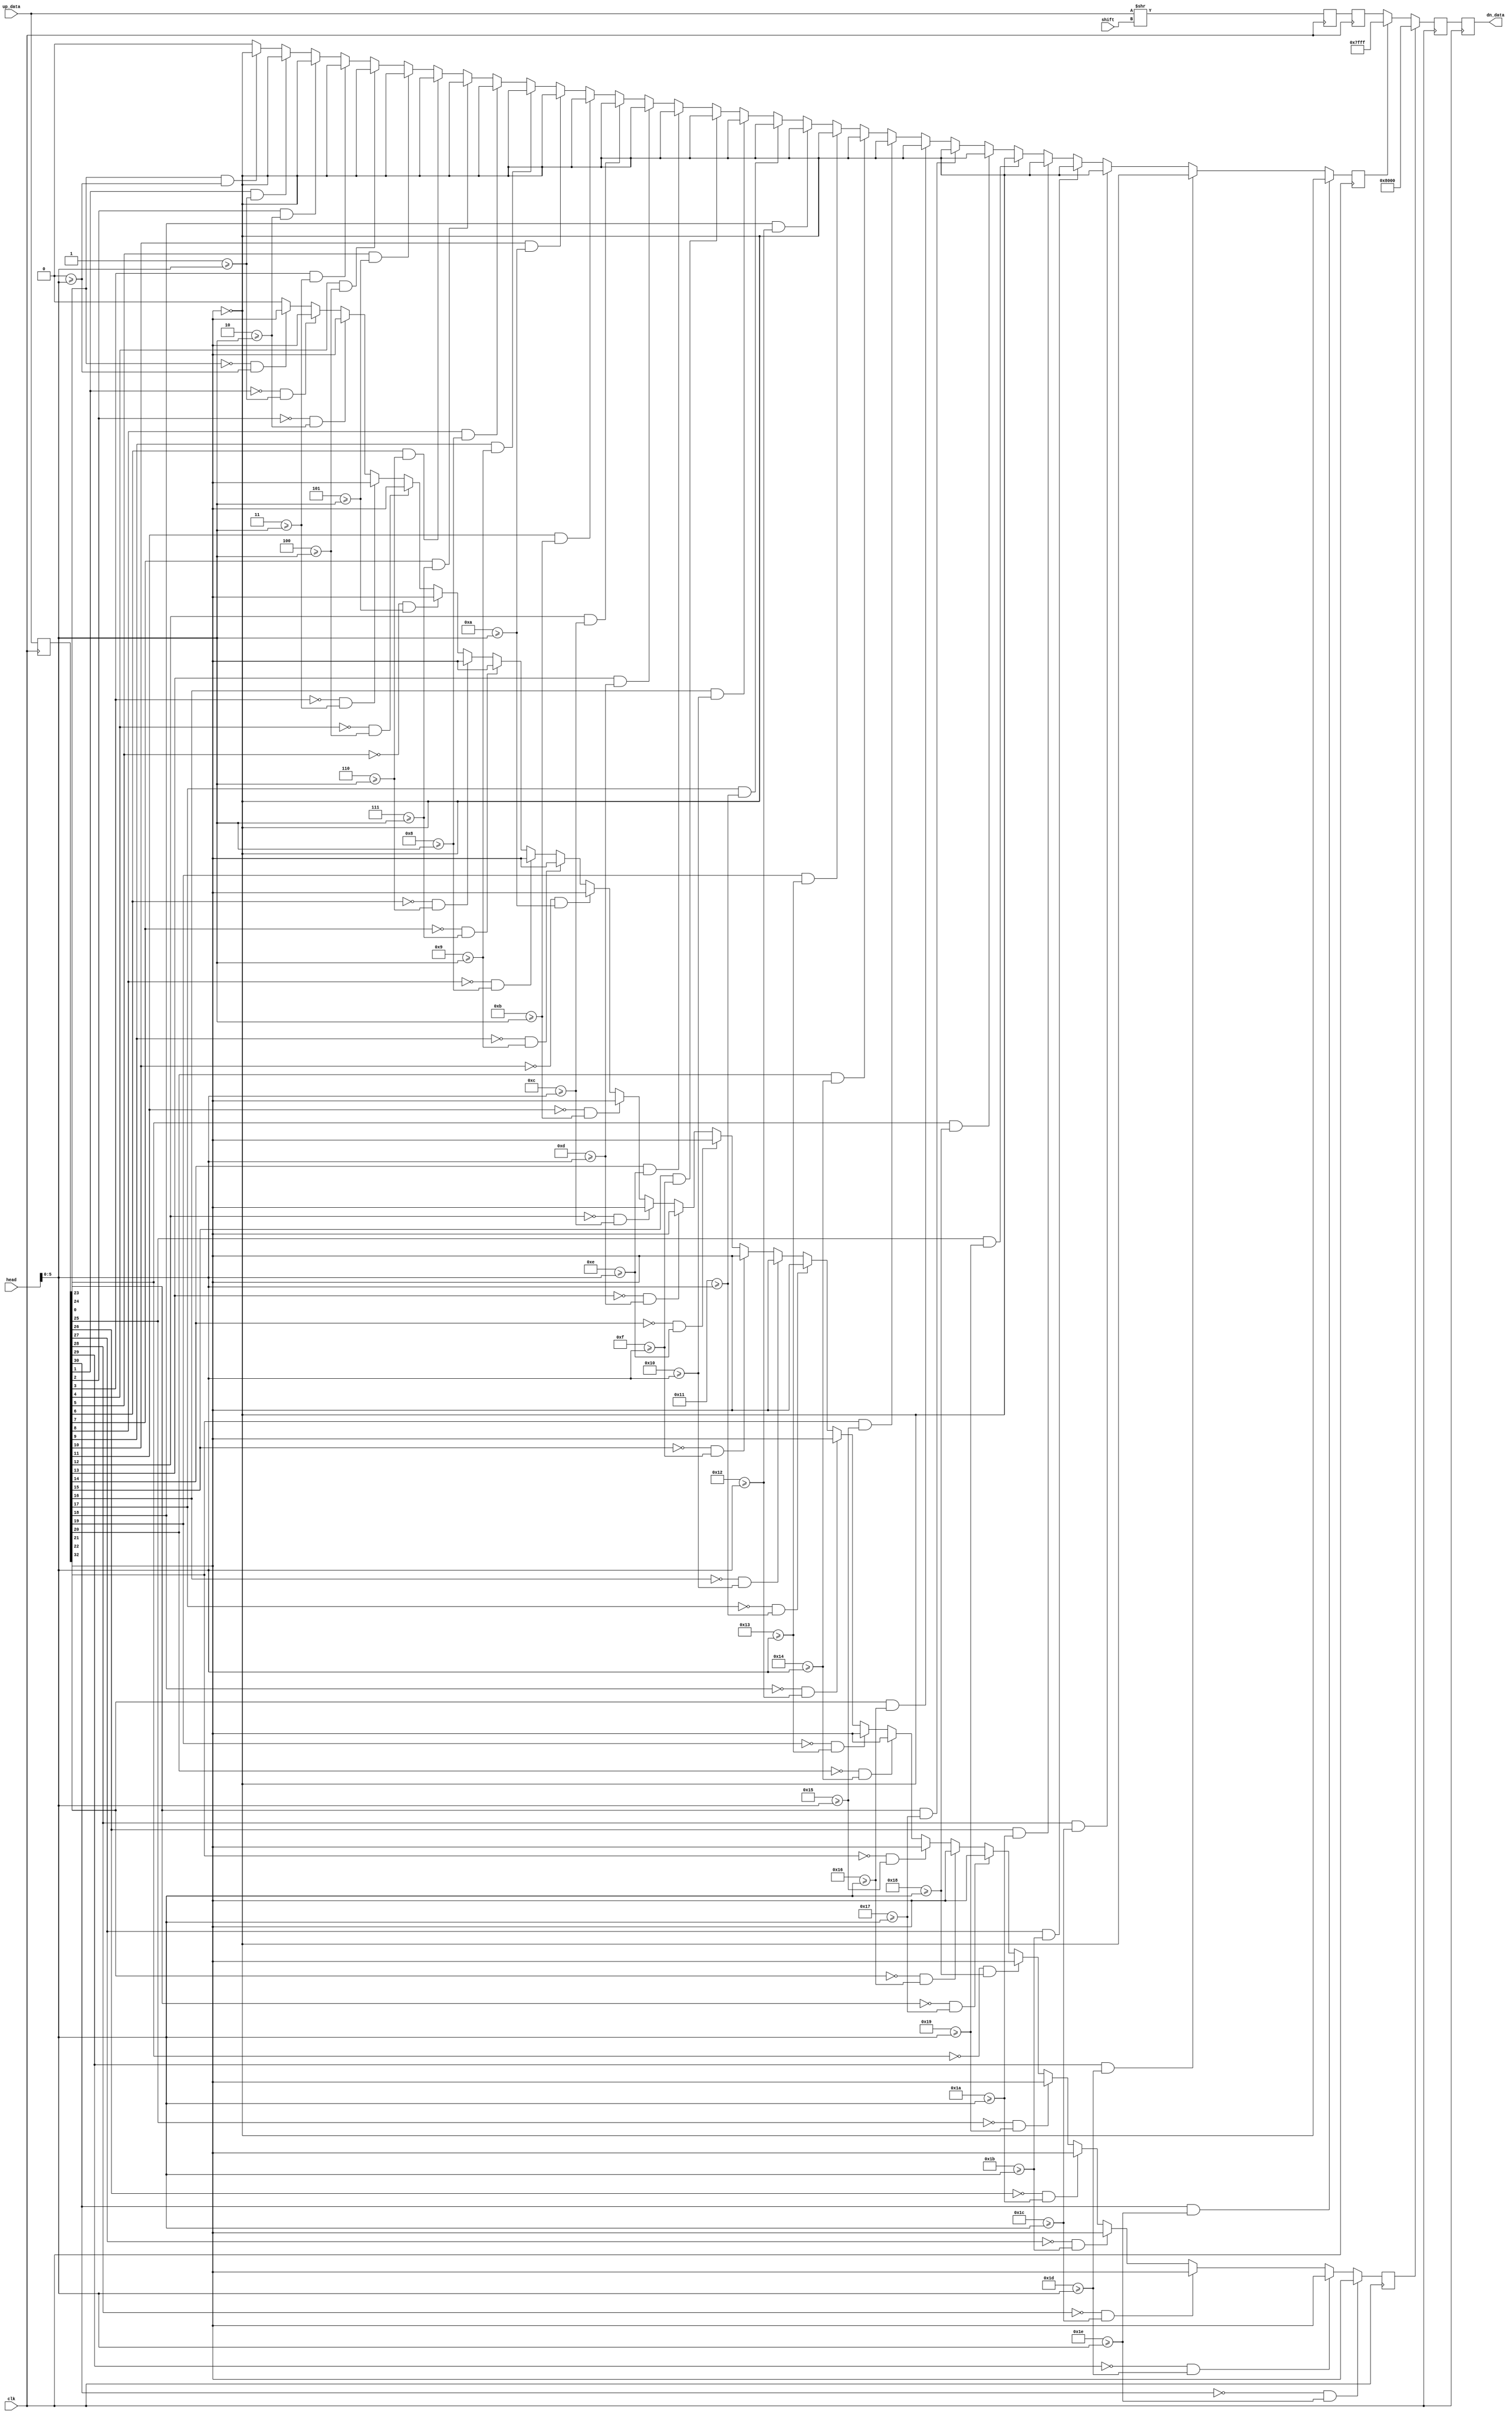
/**
 * Module:
 *  rescale
 *
 * Description:
 *  Rescales the MAC/ADD 'number' to the 'image' data width. Sets the dn_data
 *  value to the maximum 'image' value if the the 'number' value is to large.
 *  Sets the dn_data value to the min 'image' value if the 'number' value is to
 *  large a negative value.
 *
 * Testbench:
 *  rescale_tb.v
 *
 * Created:
 *  Mon Nov  5 22:51:58 PST 2018
 *
 * Authors:
 *  Berin Martini (berin.martini@gmail.com)
 */
`ifndef _rescale_
`define _rescale_


`default_nettype none

module rescale
  #(parameter
    NUM_WIDTH   = 33,
    NUM_AWIDTH  = $clog2(NUM_WIDTH), // do not overwrite

    IMG_WIDTH   = 16)
   (input  wire                 clk,

    input  wire [7:0]           shift,
    input  wire [7:0]           head,

    input  wire [NUM_WIDTH-1:0] up_data,
    output reg  [IMG_WIDTH-1:0] dn_data
);



    /**
     * Local parameters
     */

    localparam signed [IMG_WIDTH-1:0] IMG_MAX = ({1'b0, {IMG_WIDTH-1{1'b1}}});
    localparam signed [IMG_WIDTH-1:0] IMG_MIN = ({1'b1, {IMG_WIDTH-1{1'b0}}});

    localparam NUM_WIDTH_MAX = NUM_WIDTH-2;


    function grater_than_max;
        input [NUM_WIDTH-1:0]   number;
        reg   [NUM_AWIDTH-1:0]  ii;

        begin
            grater_than_max = 1'b0;

            for (ii = 0; ii < NUM_WIDTH_MAX[NUM_AWIDTH-1:0]; ii=ii+1) begin
                if (number[ii] & (ii >= head[NUM_AWIDTH-1:0])) begin
                    grater_than_max = ~number[NUM_WIDTH-1];
                end
            end
        end
    endfunction


    function less_than_min;
        input [NUM_WIDTH-1:0]   number;
        reg   [NUM_AWIDTH-1:0]  ii;

        begin
            less_than_min = 1'b0;

            for (ii = 0; ii < NUM_WIDTH_MAX[NUM_AWIDTH-1:0]; ii=ii+1) begin
                if ( ~number[ii] & (ii >= head[NUM_AWIDTH-1:0])) begin
                    less_than_min = number[NUM_WIDTH-1];
                end
            end
        end
    endfunction


    /**
     * Internal signals
     */

    reg  [NUM_WIDTH-1:0]    up_data_p1;

    reg  [NUM_WIDTH-1:0]    rescale_data_p1;
    reg  [IMG_WIDTH-1:0]    rescale_data_p2;
    reg  [IMG_WIDTH-1:0]    rescale_data_p3;

    reg                     bound_max_p2;
    reg                     bound_min_p2;


    /**
     * Implementation
     */


    always @(posedge clk)
        up_data_p1 <= up_data;


    // test upper limit
    always @(posedge clk)
        bound_max_p2 <= grater_than_max(up_data_p1);


    // test lower limit
    always @(posedge clk)
        bound_min_p2 <= less_than_min(up_data_p1);


    always @(posedge clk) begin
        // shift up_data to scale from num to img
        rescale_data_p1 <= up_data >> shift;
        rescale_data_p2 <= rescale_data_p1[0 +: IMG_WIDTH];
    end


    always @(posedge clk)
        if      (bound_min_p2)  rescale_data_p3 <= IMG_MIN;
        else if (bound_max_p2)  rescale_data_p3 <= IMG_MAX;
        else                    rescale_data_p3 <= rescale_data_p2;


    always @(posedge clk)
        dn_data <= rescale_data_p3;


endmodule

`default_nettype wire

`endif //  `ifndef _rescale_